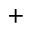
^ +